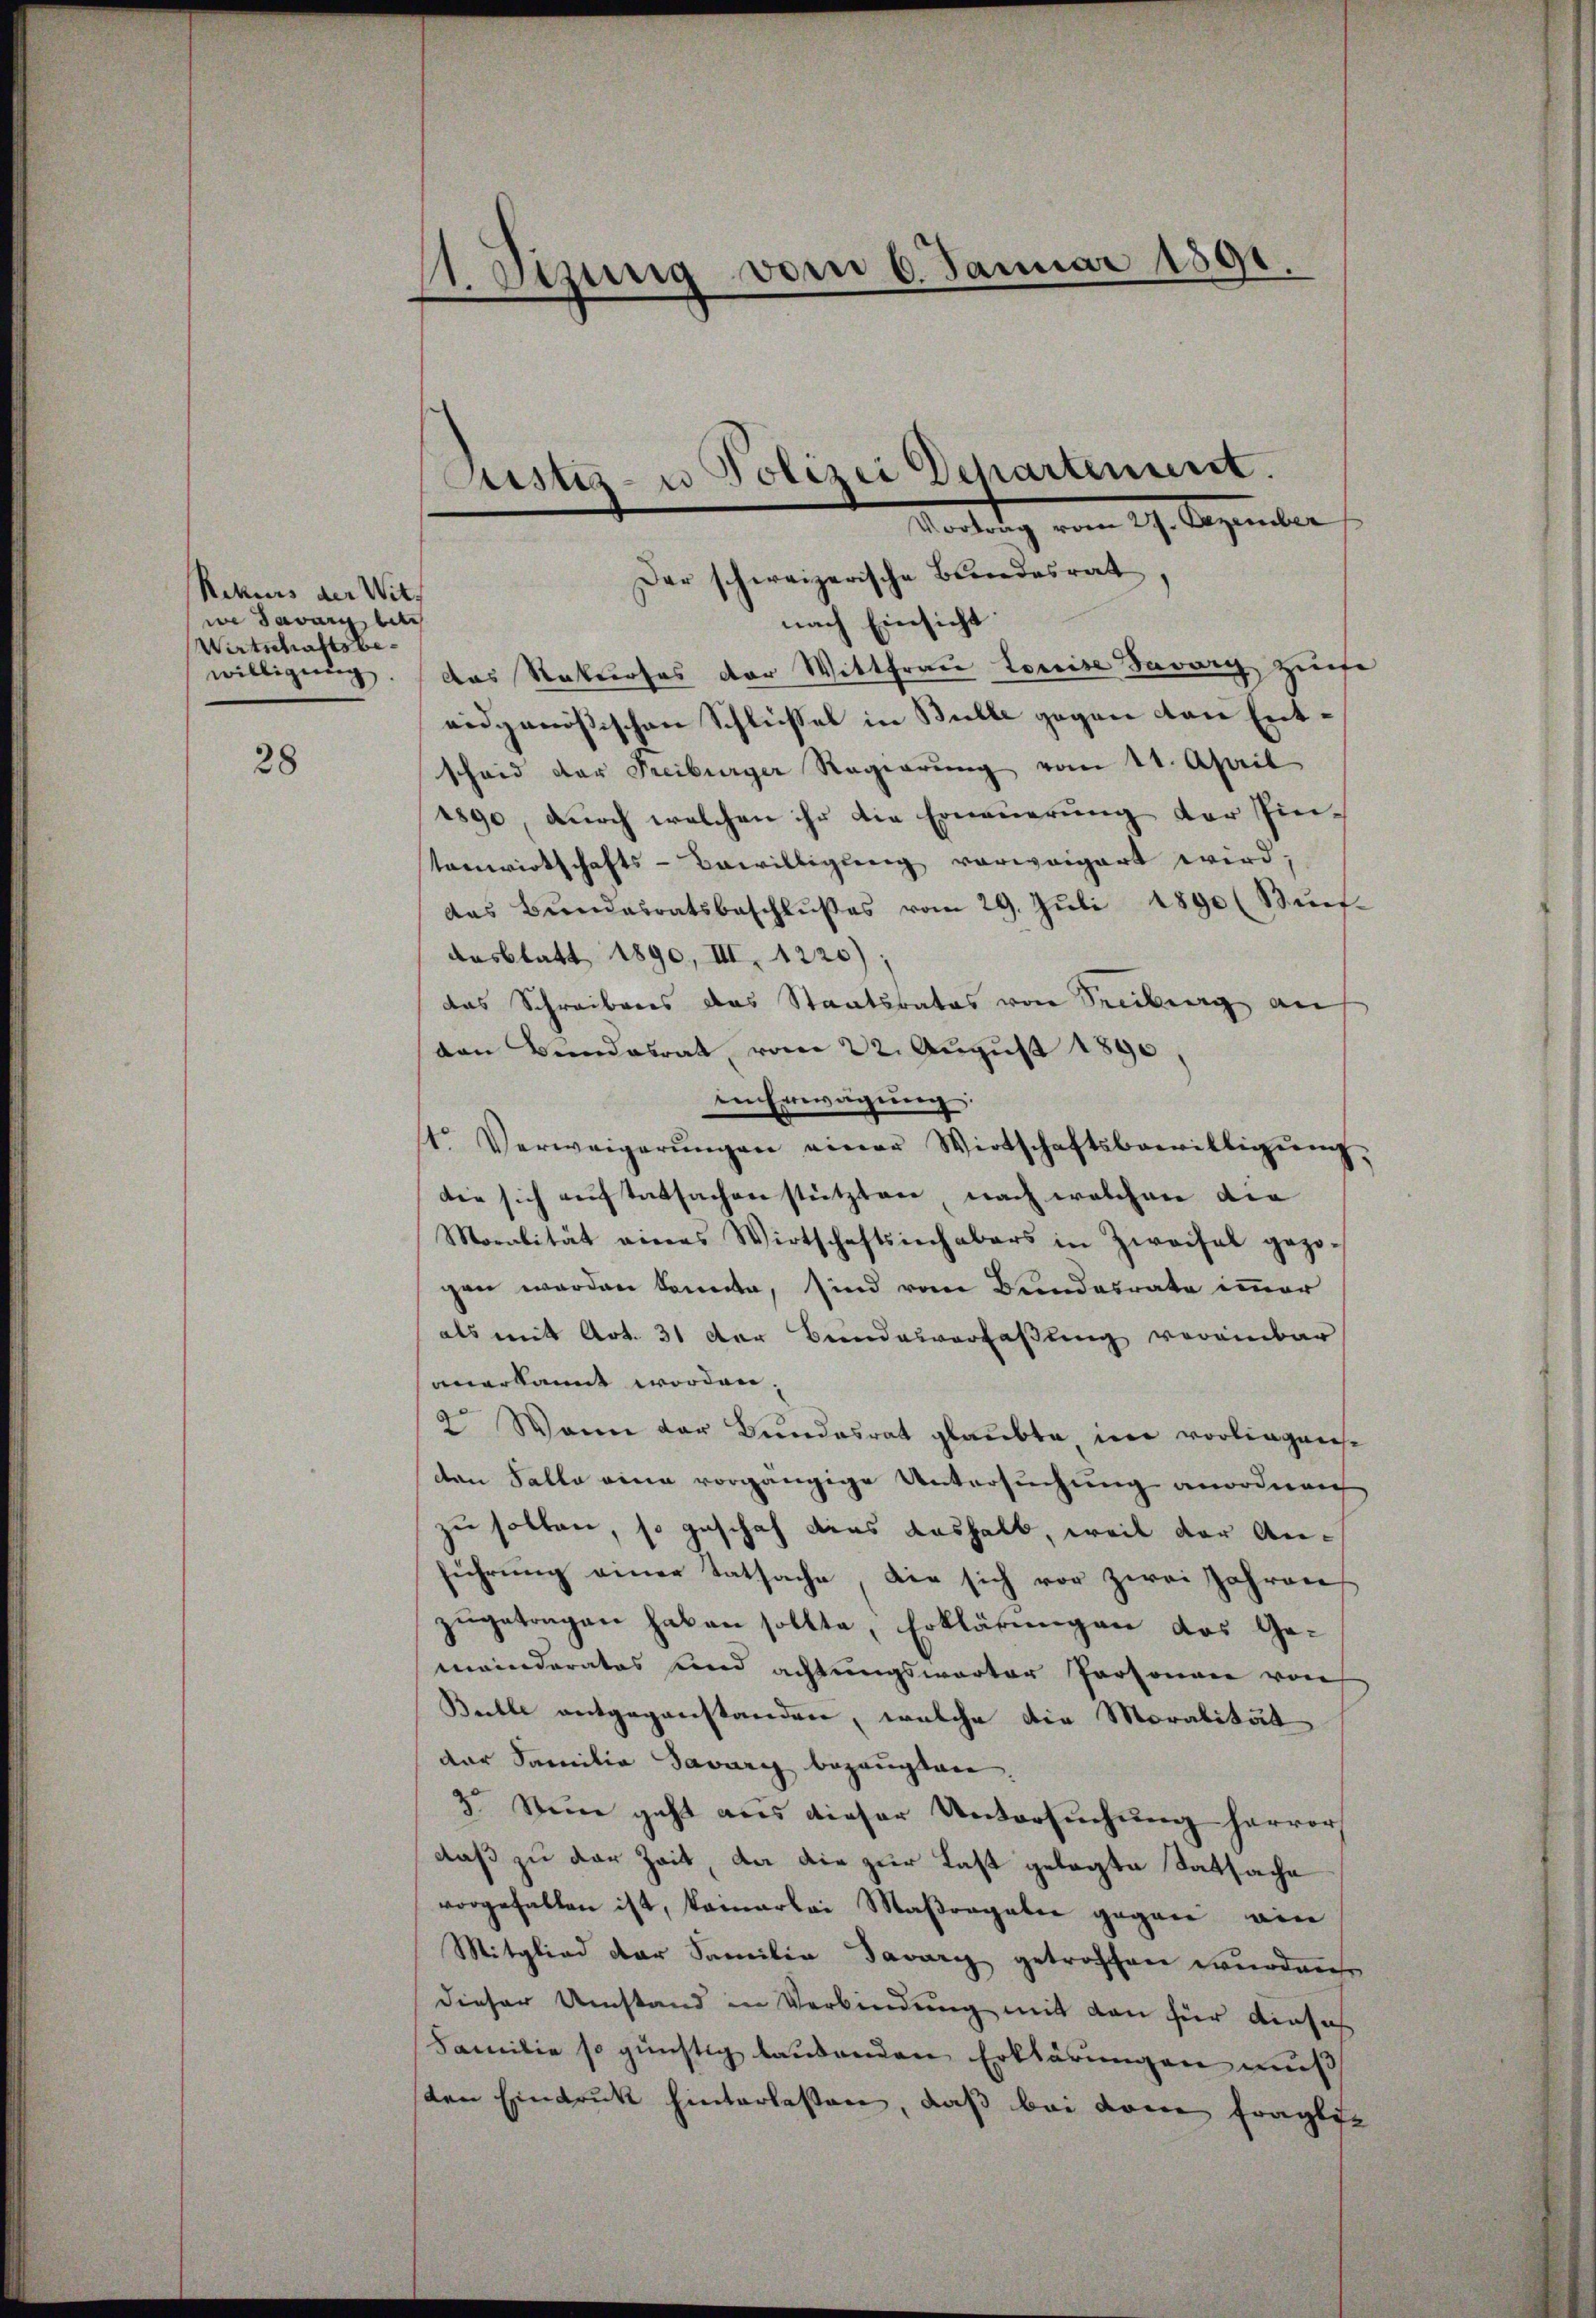
Rekurs der Witt
we davor besch
Wirtschaftsbewilligung.

28

1. Stzung vom 6. Januar 1891.
e

nach Einsicht
das Rekurses der Wittfrau Louise Savary zum
eidgenössischen Schlüssel in Bulle gegen von Entscheid der Freiburger Regierŭng vom 21. April
1890, durch welchen ihr die Erneuerung der Pin-
tenwirtschafts-Bewilligung vorweigert wird;
das Bŭndesratsbeschlŭβes vom 29. Jŭli 1890 (Bünf-
Aasblatt 1890, III. 1220)
das Schreiberes das Staatsrates von Freiburg an
den Bundesrat vom 22. August 1890,
in Erwägung,
t. Verweigerŭngen einer Wirtschaftsbewilligŭng,
die sich auf tatsachen stützten, nach welchen die
Moralität eines Wirtschaftsinhabers in Zweifel gezo
gen werden kannte, sind vom Bundesrate immer
als mit Art. 31 der Bundesverfaßung vereinbar
anerkannt worden. |
2 Wann der Bundesrat glaubte in vorliegense
den Falle eine vorgängige Untersuchung anordnen
zu sollen, so geschah dies deshalb, weil der Anführung einer Tatsache die sich vor zwei Jahren
zugetragen haben sollte, Erklärungen das Gemeinderates und achtungswarter Personen von
Bulle entgegenstanden, welche die Moralität
der Familia Savary bezeugten
3. Nun geht aus dieser Untersuchung hervor
daß zu der Zeit, da die zur Last gelegte Tatsache
vorgefallen ist, kamerlei Maβorgaben gegen ein
Mitglied der Familie Javari getroffen wurden.
dieser Umstand in Verbindung mit den für einsas
Familie so günstig lautenden Erklärungen muß
sten Eindruck hinterlesen, daß bei dann fragliche

Justiz- u Polizei Departement.
Vortrag vom 27. Dezember
Der schweizerische Bundesrat